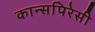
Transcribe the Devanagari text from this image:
कान्सपिरेसी